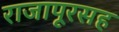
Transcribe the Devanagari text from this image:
राजापूरसह